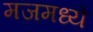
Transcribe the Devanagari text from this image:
मजमध्ये